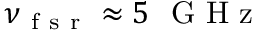
\nu _ { \mathrm { ~ f ~ s ~ r ~ } } \approx 5 ~ \mathrm { ~ G ~ H ~ z ~ }